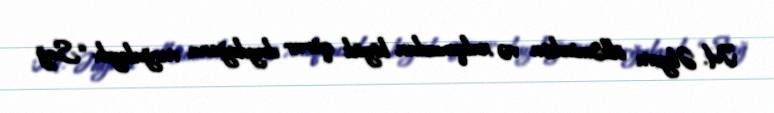
M. Əliyeva ölkəmizdən və xalqımızdan böyük qürur duyduğunu vurğulayıb: “Sağ